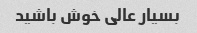
بسیار عالی خوش باشید